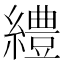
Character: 䌡